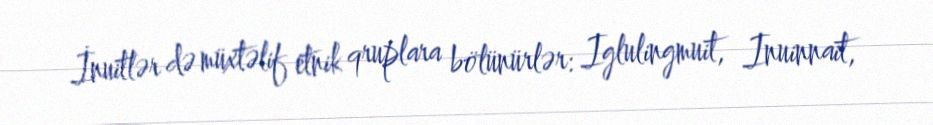
İnuitlər də müxtəlif etnik qruplara bölünürlər: Iglulingmuit, Inuinnait,